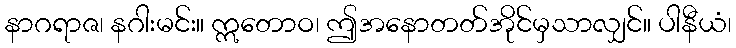
နာဂရာဇ၊ နဂါးမင်း။ ဣတောဝ၊ ဤအနောတတ်အိုင်မှသာလျှင်။ ပါနီယံ၊